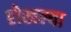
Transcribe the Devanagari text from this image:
रोखल्या